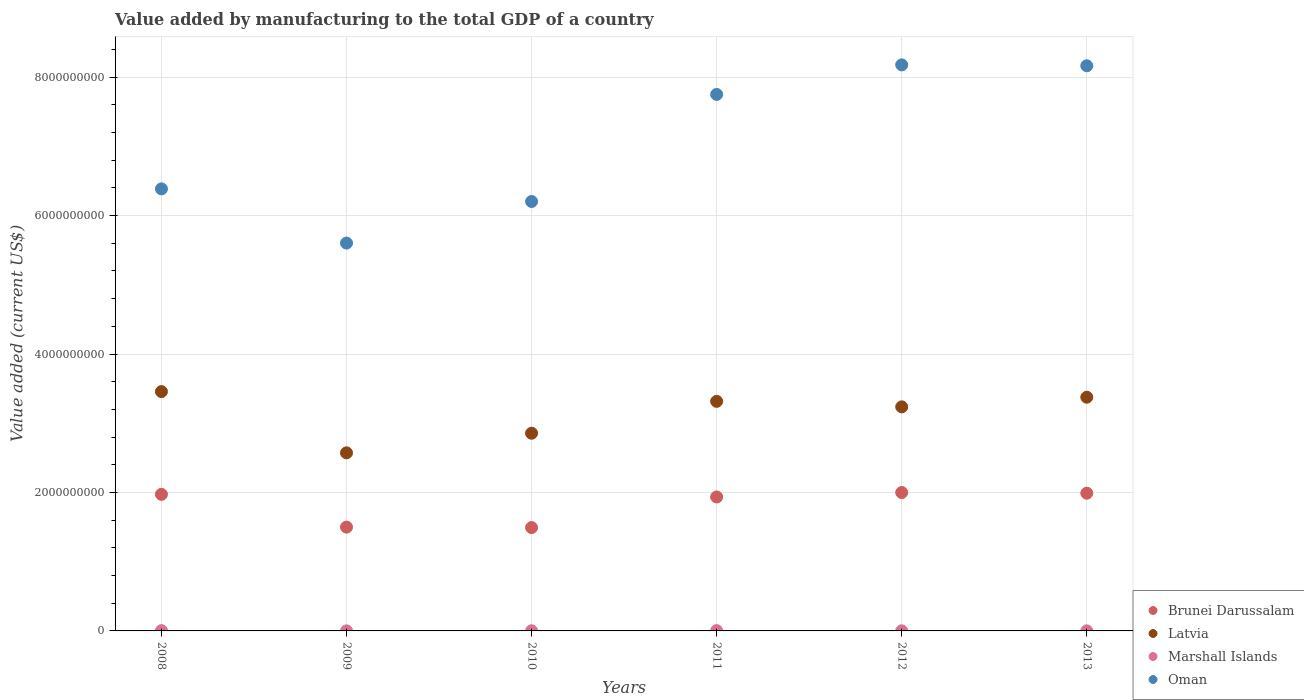
| Years | Brunei Darussalam | Latvia | Marshall Islands | Oman |
 | --- | --- | --- | --- | --- |
 | 2008 | 1.97e+09 | 3.46e+09 | 4.2e+06 | 6.39e+09 |
 | 2009 | 1.5e+09 | 2.57e+09 | 1.06e+06 | 5.6e+09 |
 | 2010 | 1.49e+09 | 2.86e+09 | 2.8e+06 | 6.2e+09 |
 | 2011 | 1.93e+09 | 3.32e+09 | 4.95e+06 | 7.75e+09 |
 | 2012 | 2e+09 | 3.24e+09 | 1.8e+06 | 8.18e+09 |
 | 2013 | 1.99e+09 | 3.38e+09 | 1.32e+06 | 8.16e+09 |